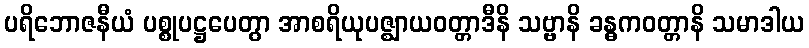
ပရိဘောဇနီယံ ပစ္စုပဋ္ဌပေတွာ အာစရိယုပဇ္ဈာယဝတ္တာဒီနိ သဗ္ဗာနိ ခန္ဓကဝတ္တာနိ သမာဒါယ